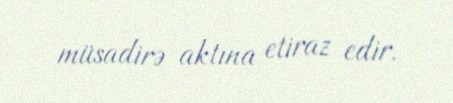
müsadirə aktına etiraz edir.